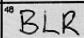
Transcription: BLR